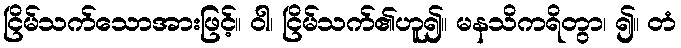
ငြိမ်သက်သောအားဖြင့်။ ဝါ၊ ငြိမ်သက်၏ဟူ၍။ မနသိကရိတွာ၊ ၍။ တံ